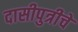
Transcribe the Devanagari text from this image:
दासीपुत्रीचे